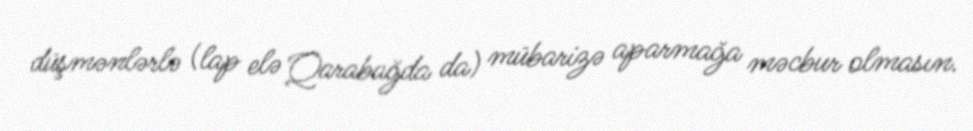
düşmənlərlə (lap elə Qarabağda da) mübarizə aparmağa məcbur olmasın.